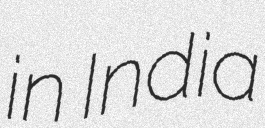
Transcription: in India